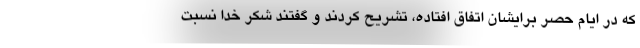
که در ایام حصر برایشان اتفاق افتاده، تشریح کردند و گفتند شکر خدا نسبت